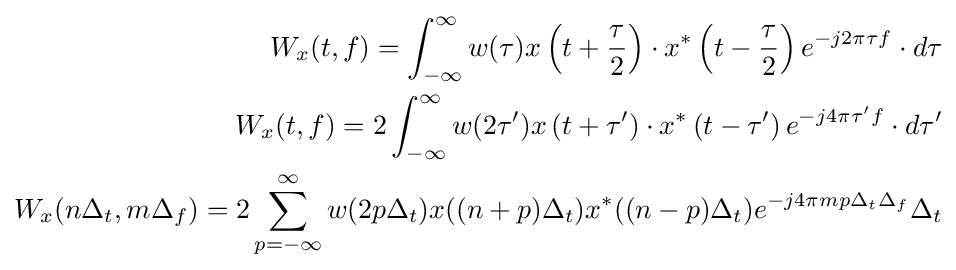
{\begin{aligned}W_{x}(t,f)=\int _{-\infty }^{\infty }w(\tau )x\left(t+{\frac {\tau }{2}}\right)\cdot x^{*}\left(t-{\frac {\tau }{2}}\right)e^{-j2\pi \tau f}\cdot d\tau \\W_{x}(t,f)=2\int _{-\infty }^{\infty }w(2\tau ')x\left(t+\tau '\right)\cdot x^{*}\left(t-\tau '\right)e^{-j4\pi \tau 'f}\cdot d\tau '\\W_{x}(n\Delta _{t},m\Delta _{f})=2\sum _{p=-\infty }^{\infty }w(2p\Delta _{t})x((n+p)\Delta _{t})x^{\ast }((n-p)\Delta _{t})e^{-j4\pi mp\Delta _{t}\Delta _{f}}\Delta _{t}\end{aligned}}